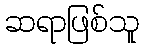
ဆရာဖြစ်သူ